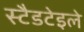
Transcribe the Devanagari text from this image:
स्टैडटेइले